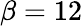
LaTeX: \beta=12